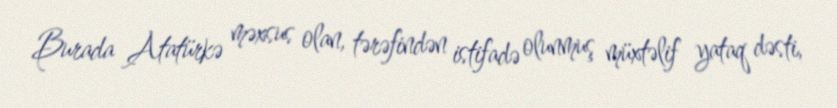
Burada Atatürkə məxsus olan, tərəfindən istifadə olunmuş müxtəlif yataq dəsti,